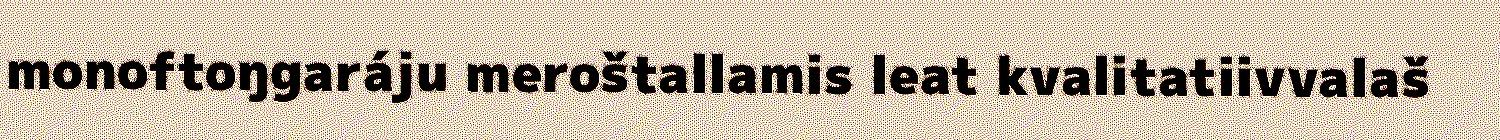
monoftoŋgaráju meroštallamis leat kvalitatiivvalaš